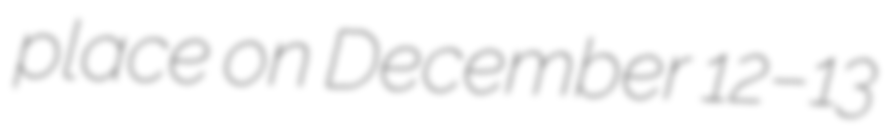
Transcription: place on December 12–13